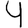
Digit: 4